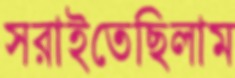
সরাইতেছিলাম